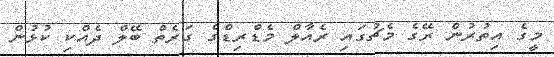
މީގެ އިތުރުން ރޭގެ މެޗުގައި ރެއާލް މެޑްރިޑްގެ ގަރެތް ބޭލް ދެއްކި ކުޅުން